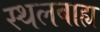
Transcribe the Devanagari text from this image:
स्थलबाह्य